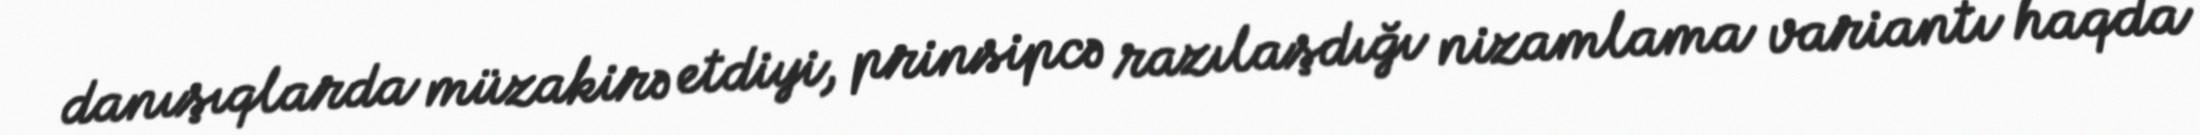
danışıqlarda müzakirə etdiyi, prinsipcə razılaşdığı nizamlama variantı haqda